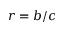
r = b / c